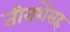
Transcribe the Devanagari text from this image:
तीनशेंसह